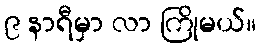
၉ နာရီမှာ လာ ကြိုမယ်။